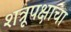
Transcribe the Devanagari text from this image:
शत्रूपक्षाचा